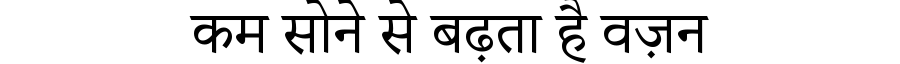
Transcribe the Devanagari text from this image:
कम सोने से बढ़ता है वज़न